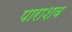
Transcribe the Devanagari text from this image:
पाराशव